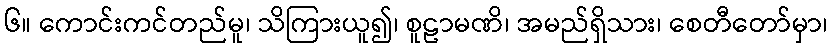
၆။ ကောင်းကင်တည်မူ၊ သိကြားယူ၍၊ စူဠာမဏိ၊ အမည်ရှိသား၊ စေတီတော်မှာ၊